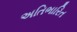
અતિભારિત